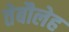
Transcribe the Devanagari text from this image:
तेबौलेह